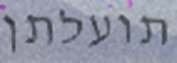
תועלתן